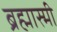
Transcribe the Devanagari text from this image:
ब्रह्मास्मी